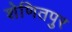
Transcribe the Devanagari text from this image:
शेणितपुर